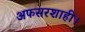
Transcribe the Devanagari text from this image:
अफसरशाही।